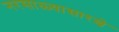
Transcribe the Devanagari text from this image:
नरसाळ्यासारखे